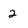
Character: 2